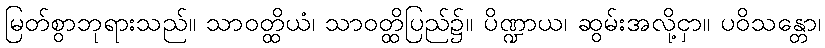
မြတ်စွာဘုရားသည်။ သာဝတ္ထိယံ၊ သာဝတ္ထိပြည်၌။ ပိဏ္ဍာယ၊ ဆွမ်းအလို့ငှာ။ ပဝိသန္တော၊